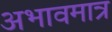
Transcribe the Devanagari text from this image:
अभावमात्र